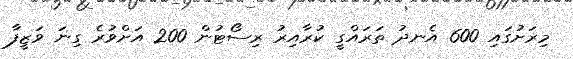
މިރަށުގައި 600 އެނދު ތަރައްގީ ކުރާއިރު ރިސޯޓުން 200 އަށްވުރެ ގިނަ ވަޒީފާ